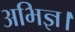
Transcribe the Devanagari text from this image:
अभिज्ञ।